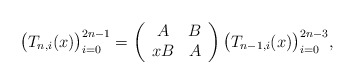
\begin{align*}\big(T_{n,i}(x)\big)_{i=0}^{2n-1} = \left(\begin{array}{cc} A & B \\ xB & A\end{array}\right)\big(T_{n-1,i}(x)\big)_{i=0}^{2n-3},\end{align*}